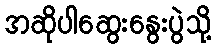
အဆိုပါဆွေးနွေးပွဲသို့